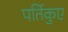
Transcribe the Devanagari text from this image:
पर्तिकुए